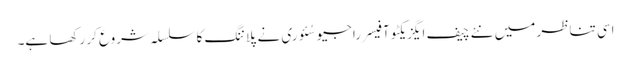
اسی تناظر میں نئے چیف ایگزیکٹو آفیسر راجیو سُئوری نے پلاننگ کا سلسلہ شروع کر رکھا ہے۔